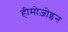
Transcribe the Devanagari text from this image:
हीमोज़ोइन